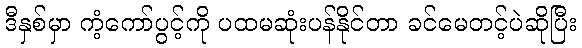
ဒီနှစ်မှာ ကံ့ကော်ပွင့်ကို ပထမဆုံးပန်နိုင်တာ ခင်မေတင့်ပဲဆိုပြီး